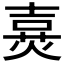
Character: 𤋔